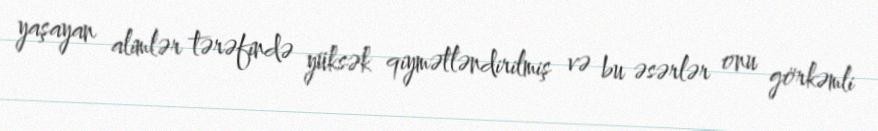
yaşayan alimlər tərəfində yüksək qiymətləndirilmiş və bu əsərlər onu görkəmli